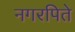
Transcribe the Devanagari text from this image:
नगरपिते